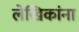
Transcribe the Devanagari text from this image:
लेखिकांना